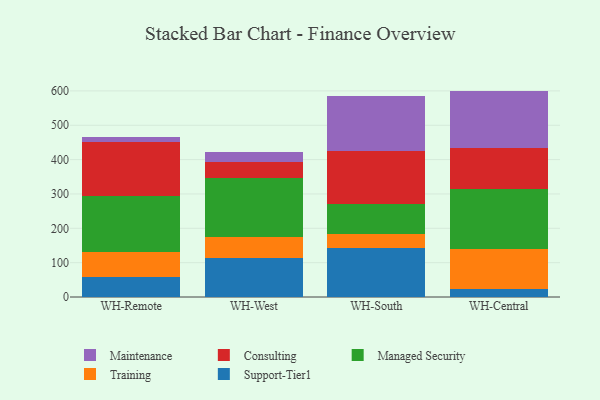
{"axis": {"x": "Warehouse", "y": "LTV (USD)"}, "legend": ["Consulting", "Maintenance", "Managed Security", "Support-Tier1", "Training"], "data": [{"x": "WH-Remote", "y": 57.2, "type": "Support-Tier1"}, {"x": "WH-Remote", "y": 74.6, "type": "Training"}, {"x": "WH-Remote", "y": 163.5, "type": "Managed Security"}, {"x": "WH-Remote", "y": 155.3, "type": "Consulting"}, {"x": "WH-Remote", "y": 15.3, "type": "Maintenance"}, {"x": "WH-West", "y": 113.0, "type": "Support-Tier1"}, {"x": "WH-West", "y": 63.1, "type": "Training"}, {"x": "WH-West", "y": 170.4, "type": "Managed Security"}, {"x": "WH-West", "y": 46.2, "type": "Consulting"}, {"x": "WH-West", "y": 30.5, "type": "Maintenance"}, {"x": "WH-South", "y": 141.3, "type": "Support-Tier1"}, {"x": "WH-South", "y": 43.1, "type": "Training"}, {"x": "WH-South", "y": 85.8, "type": "Managed Security"}, {"x": "WH-South", "y": 153.9, "type": "Consulting"}, {"x": "WH-South", "y": 160.2, "type": "Maintenance"}, {"x": "WH-Central", "y": 23.8, "type": "Support-Tier1"}, {"x": "WH-Central", "y": 116.0, "type": "Training"}, {"x": "WH-Central", "y": 173.3, "type": "Managed Security"}, {"x": "WH-Central", "y": 120.7, "type": "Consulting"}, {"x": "WH-Central", "y": 166.4, "type": "Maintenance"}]}